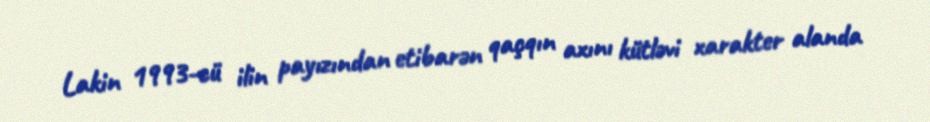
Lakin 1993-cü ilin payızından etibarən qaçqın axını kütləvi xarakter alanda